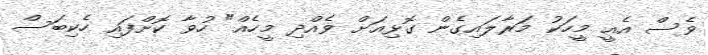
ވެސް އެއީ މީހަކު މަރާލައިގެން ގޮޅިއަށް ވެއްދި މީހެއް" ހުވާ ކޮށްފައި ހެކިބަސް